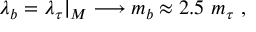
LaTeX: \lambda _ { b } = \lambda _ { \tau } \vert _ { M } \longrightarrow m _ { b } \approx 2 . 5 ~ m _ { \tau } \ ,